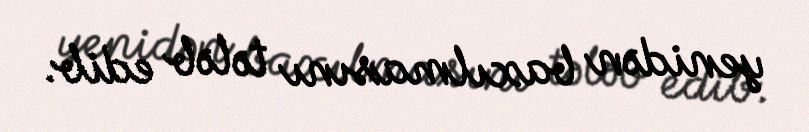
yenidən baxılmasını tələb edib.